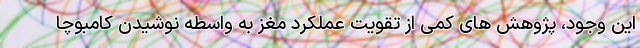
این وجود، پژوهش های کمی از تقویت عملکرد مغز به واسطه نوشیدن کامبوچا